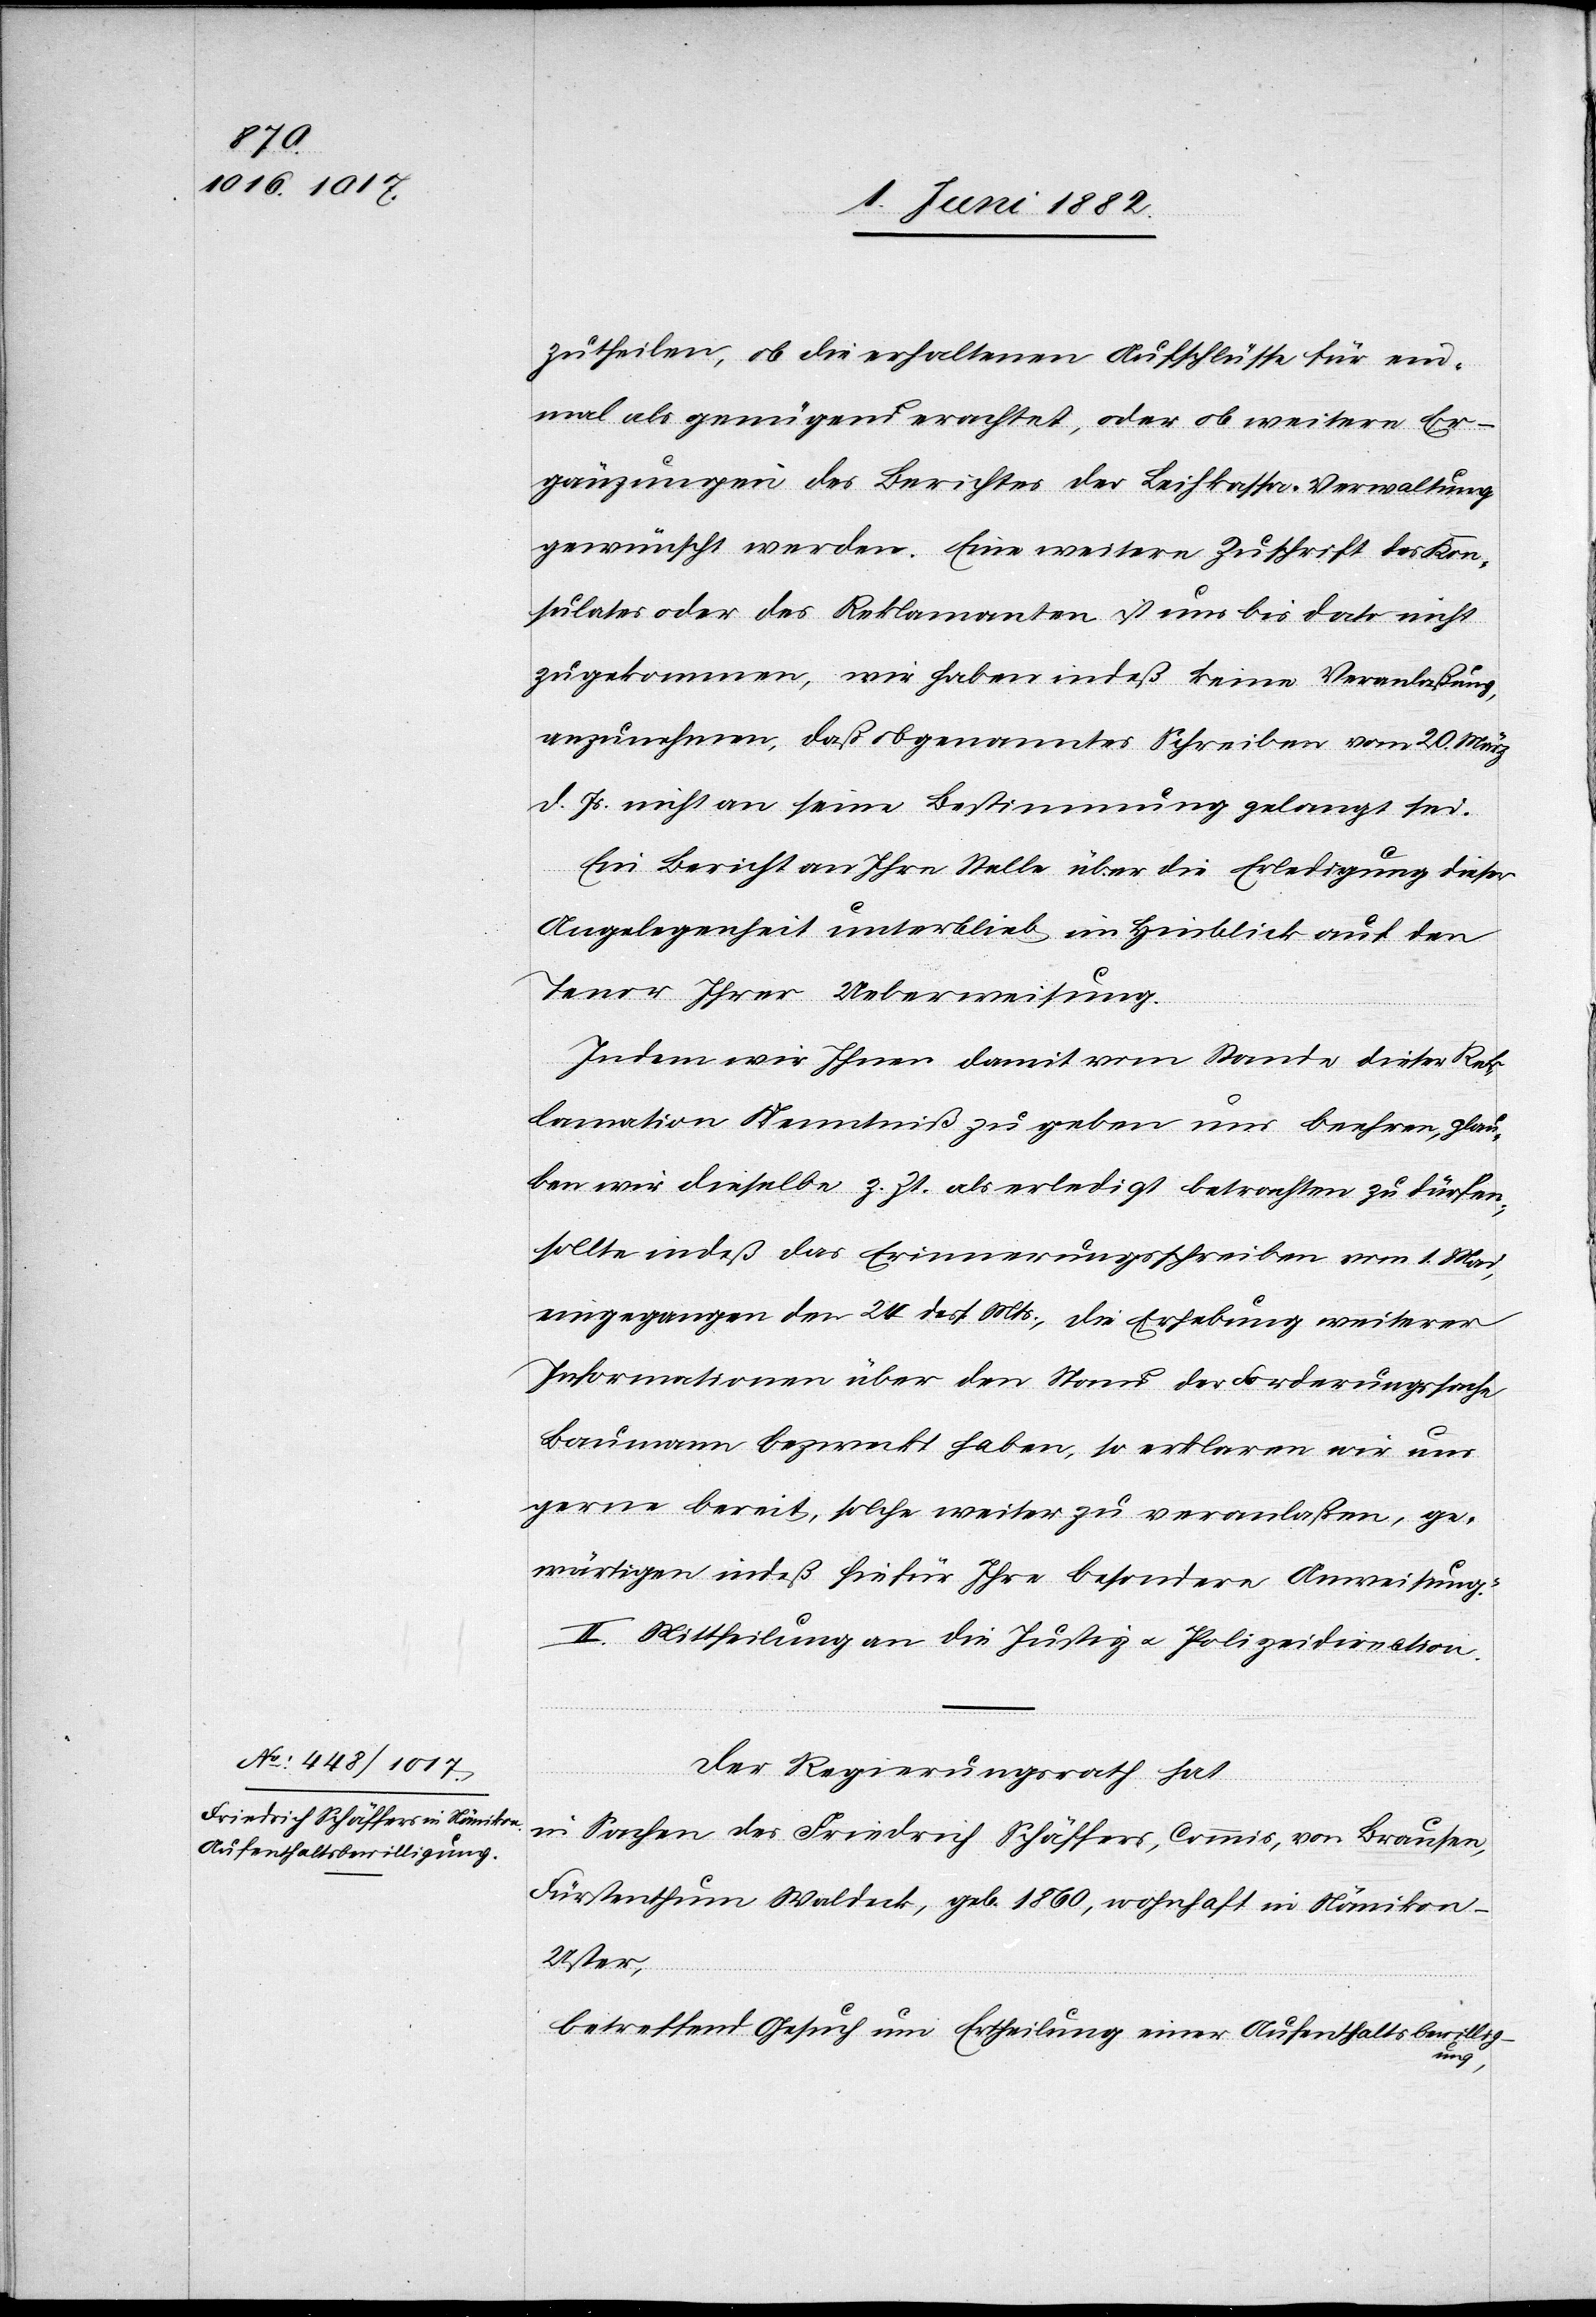
zutheilen, ob die erhaltenen Aufschlüsse für ein¬
mal als genügend erachtet, oder ob weitere Er¬
gänzungen des Berichtes der Leihkassa-Verwaltung
gewünscht werden. Eine weitere Zuschrift des Kon¬
sulates oder des Reklamanten ist uns bis dato nicht
zugekommen, wir haben indeß keine Veranlaßung,
anzunehmen, daß obgenanntes Schreiben vom 20. März
d. Js. nicht an seine Bestimmung gelangt sei.
Ein Bericht an Ihre Stelle über die Erledigung dieser
Angelegenheit unterblieb im Hinblick auf den
Tenor Ihrer Ueberweisung.
Indem wir Ihnen damit vom Stande dieser Rek¬
lamation Kenntniß zu geben uns beehren, glau¬
ben wir dieselbe z. Zt. als erledigt betrachten zu dürfen;
sollte indeß das Erinnerungsschreiben vom 1. Mai,
eingegangen den 24. dess. Mts., die Erhebung weiterer
Informationen über den Stand der Forderungssache
Baumann bezweckt haben, so erklären wir uns
gerne bereit, solche weiter zu veranlaßen, ge¬
wärtigen indeß hiefür Ihre besondere Anweisung.“
II. Mittheilung an die Justiz- u. Polizeidirection.
Der Regierungsrath hat,
in Sachen des Friedrich Schäffers, Commis, von Brausen,
Fürstenthum Waldeck, geb. 18060, wohnhaft in Nänikon -
Uster,
betreffend Gesuch um Ertheilung einer Aufenthaltsbewillig¬
ung,